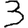
Digit: 3